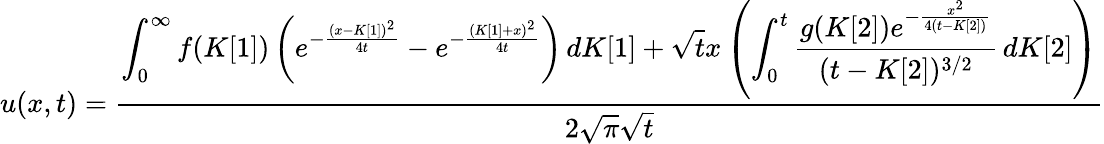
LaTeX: u(x,t)=\frac{\displaystyle\int_{0}^{\infty}f(K[1])\left(e^{-\frac{(x-K[1])^{2}}{4t}}-e^{-\frac{(K[1]+x)^{2}}{4t}}\right)\, dK[1]+\sqrt{t}x\left(\displaystyle\int_{0}^{t}\frac{g(K[2])e^{-\frac{x^{2}}{4(t-K[2])}}}{(t-K[2])^{3/2}}\, dK[2]\right)}{2\sqrt{\pi}\sqrt{t}}